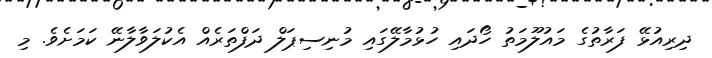
ދިރިއުޅޭ ފަރާތުގެ މައުލޫމަތު ހޯދައި ހުޅުމާލޭގައި މުނިސިޕަލް ދަފްތަރެއް އެކުލަވާލާނޭ ކަމަށެވެ. މި